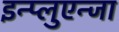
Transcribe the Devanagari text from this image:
इन्प्लुएन्जा